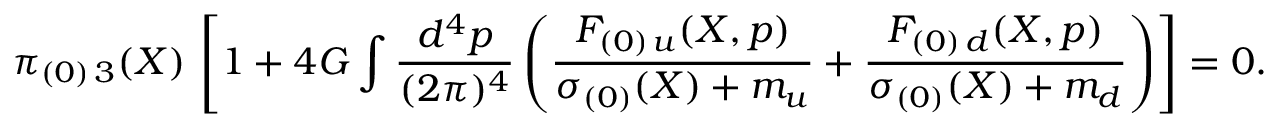
\pi _ { ( 0 ) \, 3 } ( X ) \, \left[ 1 + 4 G \int { \frac { d ^ { 4 } p } { ( 2 \pi ) ^ { 4 } } } \left( { \frac { { \cal F } _ { ( 0 ) \, u } ( X , p ) } { \sigma _ { ( 0 ) } ( X ) + m _ { u } } } + { \frac { { \cal F } _ { ( 0 ) \, d } ( X , p ) } { \sigma _ { ( 0 ) } ( X ) + m _ { d } } } \right) \right] = 0 .